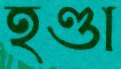
হণ্ডা